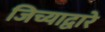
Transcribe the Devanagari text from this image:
जिच्याद्वारे